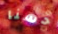
حسنا